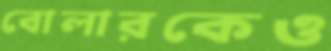
বোলারকেও